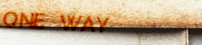
ONE WAY